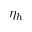
\eta _ { h }